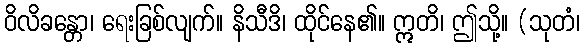
ဝိလိခန္တော၊ ရေးခြစ်လျက်။ နိသီဒိ၊ ထိုင်နေ၏။ ဣတိ၊ ဤသို့။ (သုတံ၊